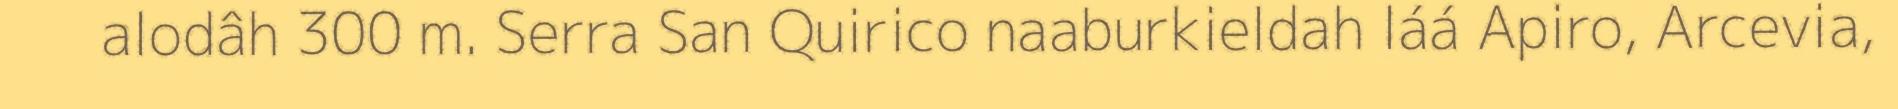
alodâh 300 m. Serra San Quirico naaburkieldah láá Apiro, Arcevia,